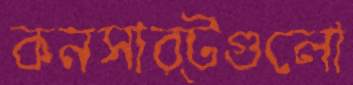
কনসার্টগুলো